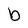
Character: b